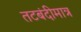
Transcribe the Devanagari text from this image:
तटबंदीमात्र